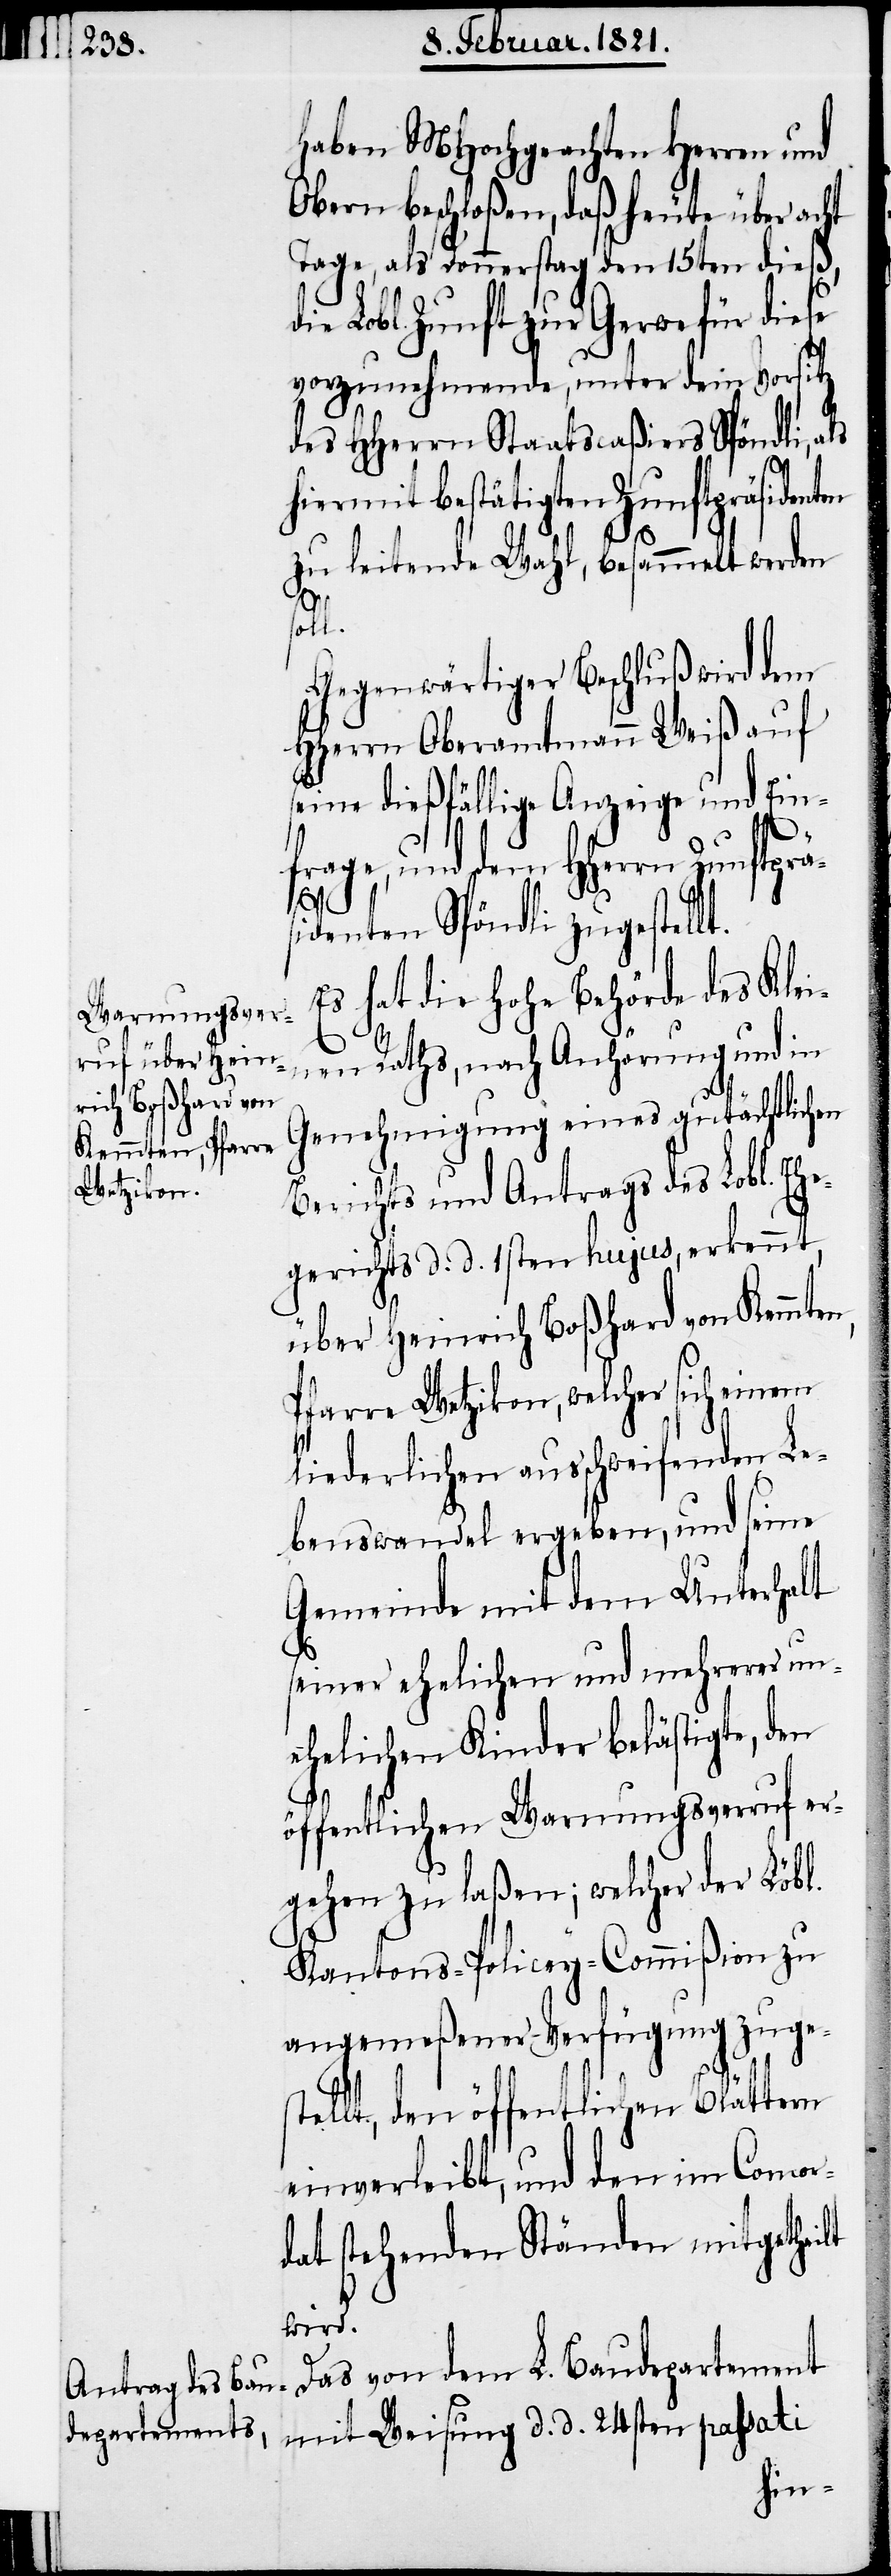
haben MHochgeachten Herren und
Obern beschloßen, daß heute über acht
Tage, als Donnerstag den 15ten dieß,
die Lobl. Zunft zur Gerwe für diese
vorzunehmende, unter dem Vorsitz
des HHerrn Staatscaßiers Spöndli, als
ermit bestätigten Zunftpräsiden¬
zu leitende Wahl, besammelt werden
ten
soll.
Gegenwärtiger Beschluß wird dem
HHerrn Oberamtmann Weiß auf
seine dießfällige Anzeige und Ein¬
frage, und dem HHerrn Zunftprä¬
sidenten Spöndli zugestellt.
Es hat die hohe Behörde des Klei¬
nen Raths, nach Anhörung und in
Genehmigung eines gutächtlichen
Berichts und Antrags des Lobl. Ehe¬
gerichts d. d. 1sten hujus, erkennt,
über Heinrich Boßhard von Kemmten,
Pfarre Wetzikon, welcher sich einem
liederlichen ausschweifenden Le¬
benswandel ergeben, und seine
Gemeinde mit dem Unterhalt
seiner ehelichen und mehrerer un¬
ehelichen Kinder belästigte, den
öffentlichen Warnungsverruf er¬
gehen zu laßen; welcher der Löbl.
Kantons-Policey-Commißion zu
angemeßener Verfügung zuge¬
stellt, den öffentlichen Blättern
einverleibt, und den im Concor¬
dat stehenden Ständen mitgetheilt
wird.
Das von dem L. Baudepartement
mit Weisung d. d. 24sten passati
hi¬